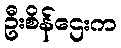
ဦးစိန်ဌေးက